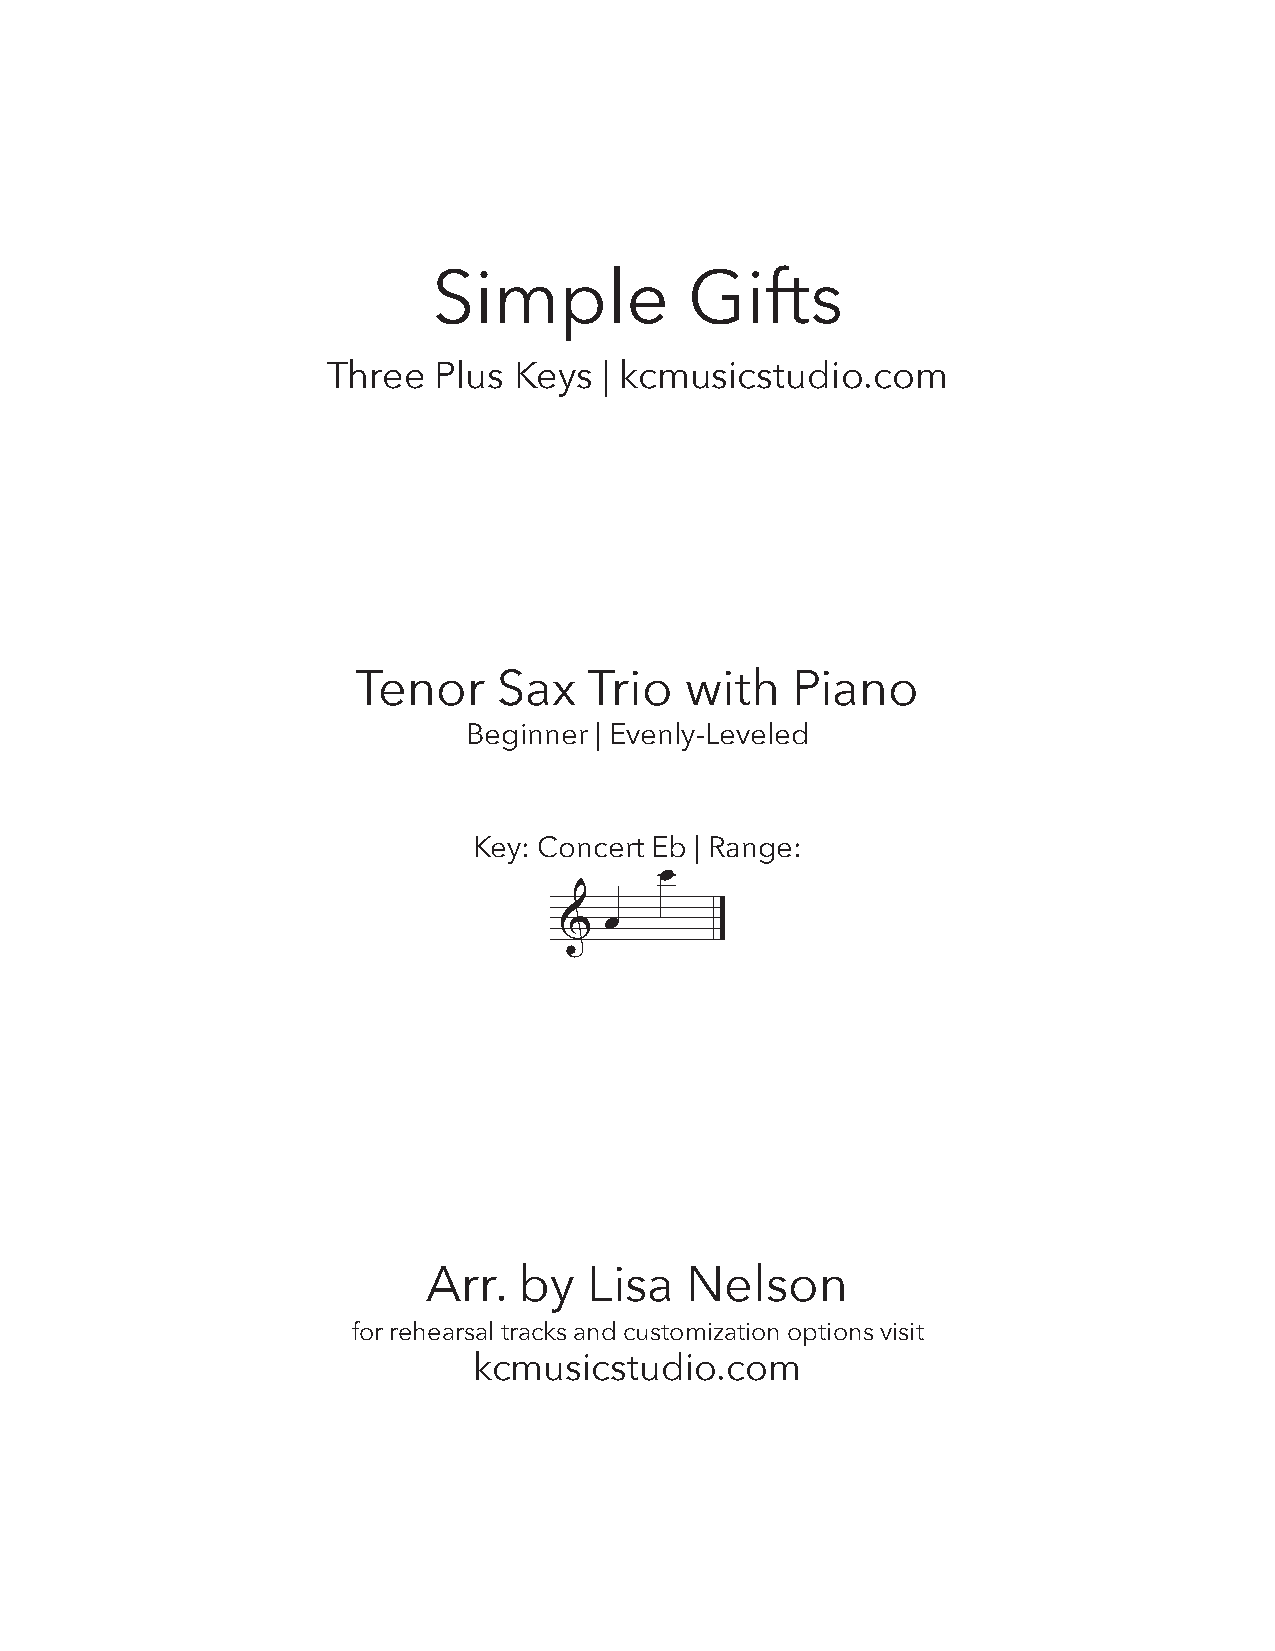
Simple           Gifts
 Three  Plus Keys  | kcmusicstudio.com
 Tenor     Sax   Trio  with   Piano
 Beginner | Evenly-Leveled
 Key: Concert Eb | Range:
 œ
 &  œ
 Arr.  by   Lisa  Nelson
 for rehearsal tracks and customization options visit
 kcmusicstudio.com